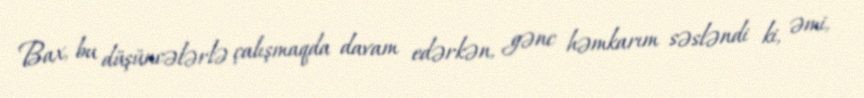
Bax, bu düşüncələrlə çalışmaqda davam edərkən, gənc həmkarım səsləndi ki, əmi,